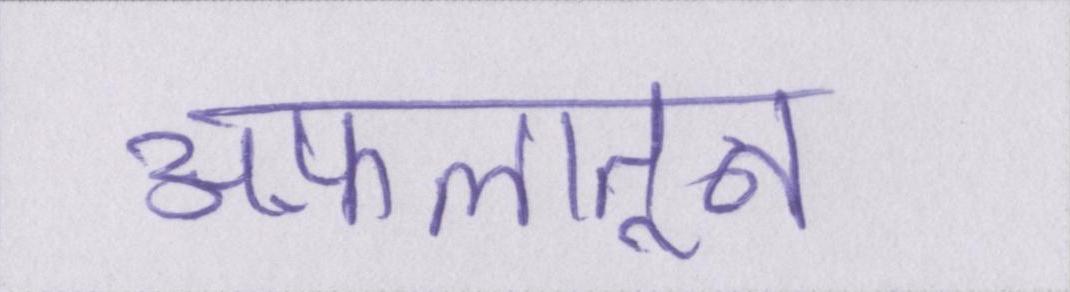
अफ़लातून